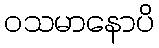
ဝသမာနောပိ